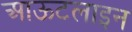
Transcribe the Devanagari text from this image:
आऊटलाइन